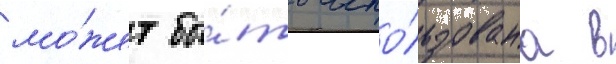
мо́жет бы́ть испо́льзована в